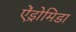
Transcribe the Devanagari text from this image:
ऐंड्रोमिडा